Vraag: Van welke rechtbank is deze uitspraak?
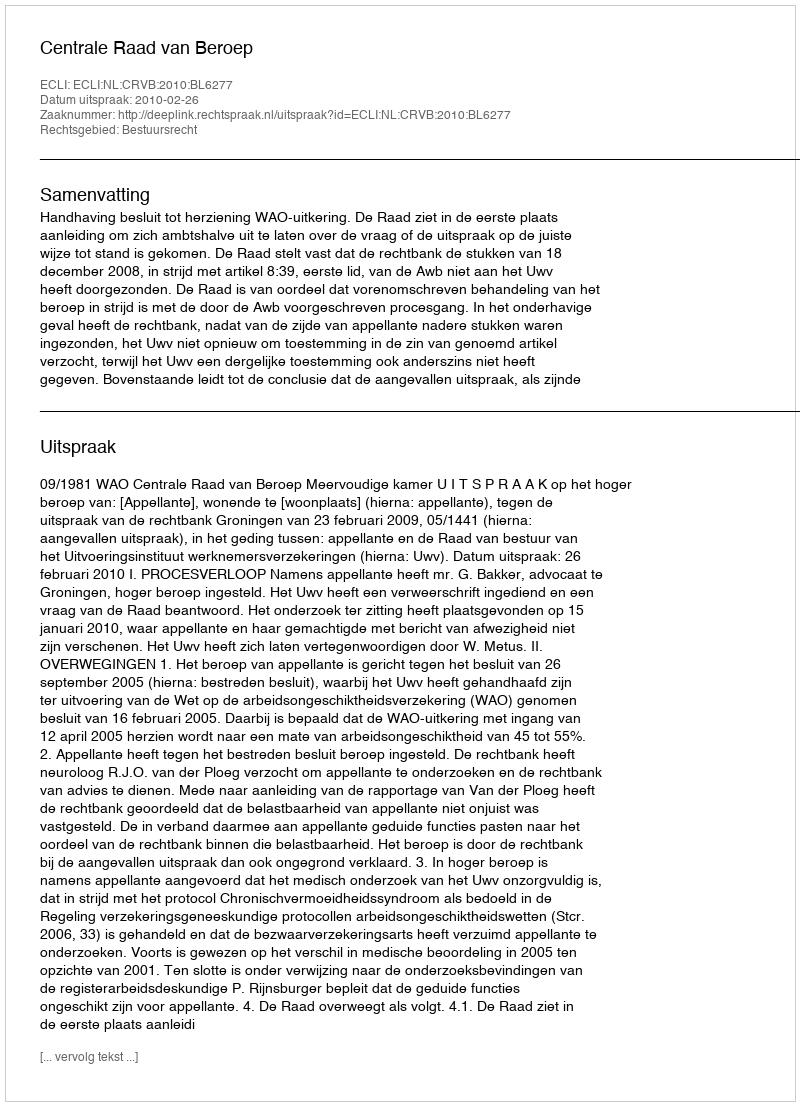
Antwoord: Centrale Raad van Beroep